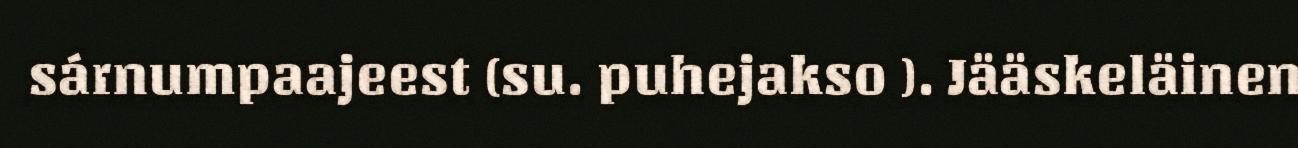
sárnumpaajeest (su. puhejakso ). Jääskeläinen